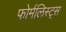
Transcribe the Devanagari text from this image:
फोर्मलिस्ट्स